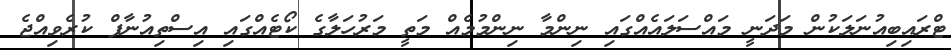
ޓްރައިބިއުނަލަކުން މަދަނީ މައްސަލައެއްގައި ނިންމާ ނިންމުމެއް މަތީ މަރުހަލާގެ ކޯޓެއްގައި އިސްތިއުނާފް ކުރެވިއްޖެ